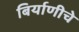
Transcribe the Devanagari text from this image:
बिर्याणीचे